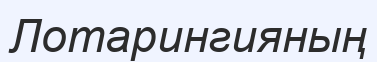
Лотарингияның